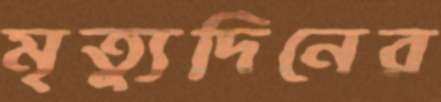
মৃত্যুদিনের